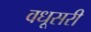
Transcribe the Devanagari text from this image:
वधूसरी